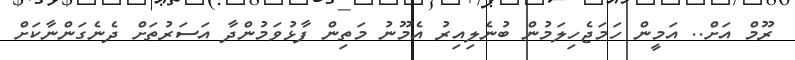
ރޫމް އަށް.. އަމީން ހަމަޖެހިލަމުން ބުނެލިއިރު އެމޫނު މަތިން ފާޅުވަމުންދާ އަސަރުތަށް ދެނެގަންނާކަށް